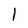
Character: 1